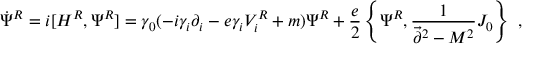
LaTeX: \dot { \Psi } ^ { R } = i [ H ^ { R } , \Psi ^ { R } ] = \gamma _ { 0 } ( - i \gamma _ { i } \partial _ { i } - e \gamma _ { i } V _ { i } ^ { R } + m ) \Psi ^ { R } + { \frac { e } { 2 } } \left\{ \Psi ^ { R } , { \frac { 1 } { \vec { \partial } ^ { 2 } - M ^ { 2 } } } J _ { 0 } \right\} ~ ,